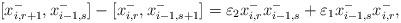
LaTeX: \begin{align*}[x_{i, r+1}^{-}, x_{i-1, s}^{-}] - [x_{i, r}^{-}, x_{i-1, s+1}^{-}] = \varepsilon_2 x_{i, r}^{-} x_{i-1, s}^{-} + \varepsilon_1 x_{i-1, s}^{-} x_{i, r}^{-}, \end{align*}